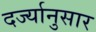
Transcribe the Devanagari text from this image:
दर्ज्यानुसार